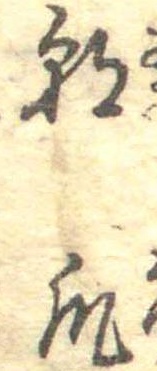
朝瓜